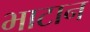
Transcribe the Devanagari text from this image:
भाटान